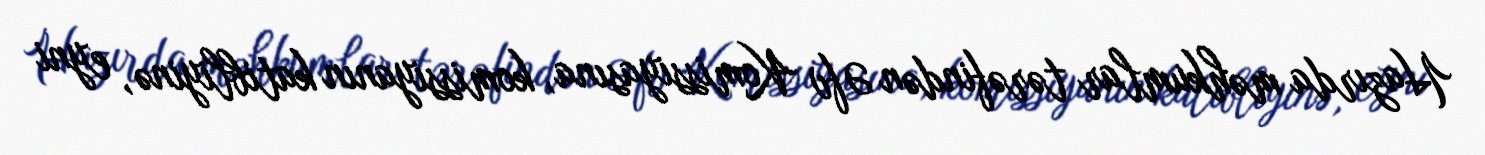
Hazırda məhkumlar tərəfindən Əfv Komissiyasına, komissiyanın katibliyinə, eyni